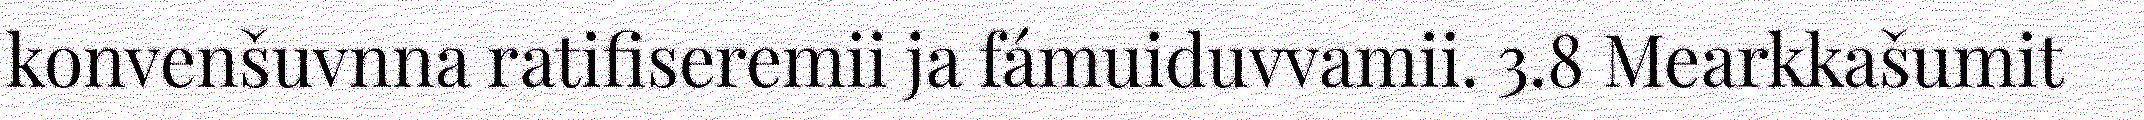
konvenšuvnna ratifiseremii ja fámuiduvvamii. 3.8 Mearkkašumit